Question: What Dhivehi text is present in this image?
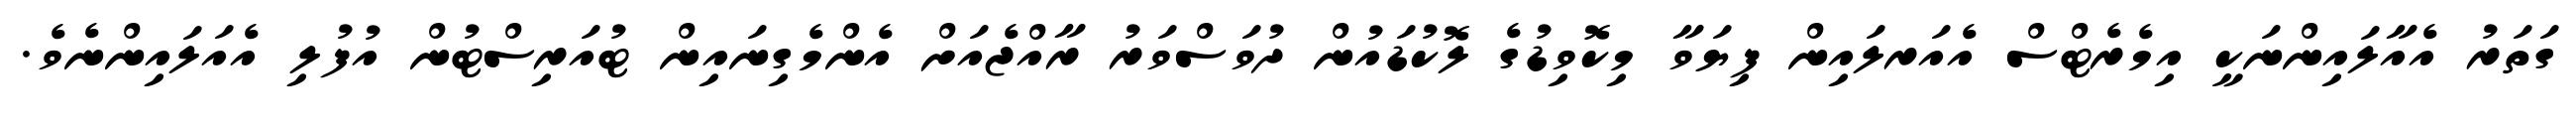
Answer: ގަތަރު އެއާލައިންނަކީ އިމެރެޓްސް އެއަރލައިން ފިޔަވާ މިކޮވިޑުގެ ލޮކުޑައުން ދުވަސްވަރު ރާއްޖެއަށް އެންމެގިނައިން ޓުއަރިސްޓުން އުފުލި އެއަލައިންނެވެ.